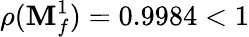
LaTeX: \rho(\mathbf{M}_{f}^{1})=0.9984<1